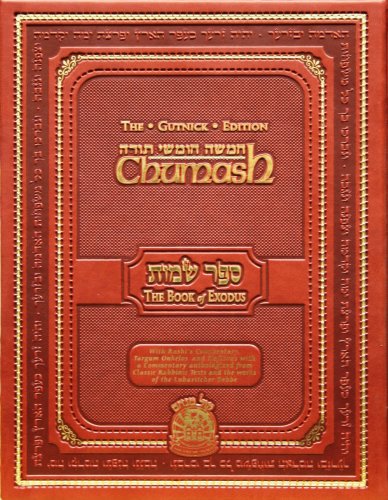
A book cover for Chumash: The Gutnick Edition - Book of Exodus - Kol Menachem (Full Size); Rabbi Chaim Miller; Religion & Spirituality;